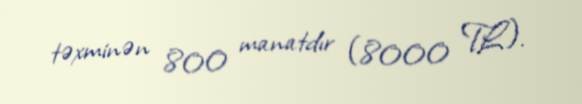
təxminən 800 manatdır (8000 TL).